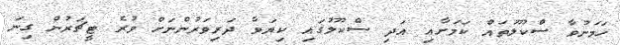
ހަމަނުވާ ސްކޫލުތައް ކަމަށާއި އަދި ސްކޫލުގައި ކިޔަވާ ދަރިވަރުންނަށް ވުރެ ޓީޗަރުން ގިނަ